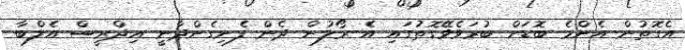
އެގޮތުން އެންމެ ބޮޑަށް ބުރަވެވޭގޮތުގައި އެ ރޯލުން ދެން ފެނިގެންދާނީ އިދްރީސް އެލްބާ